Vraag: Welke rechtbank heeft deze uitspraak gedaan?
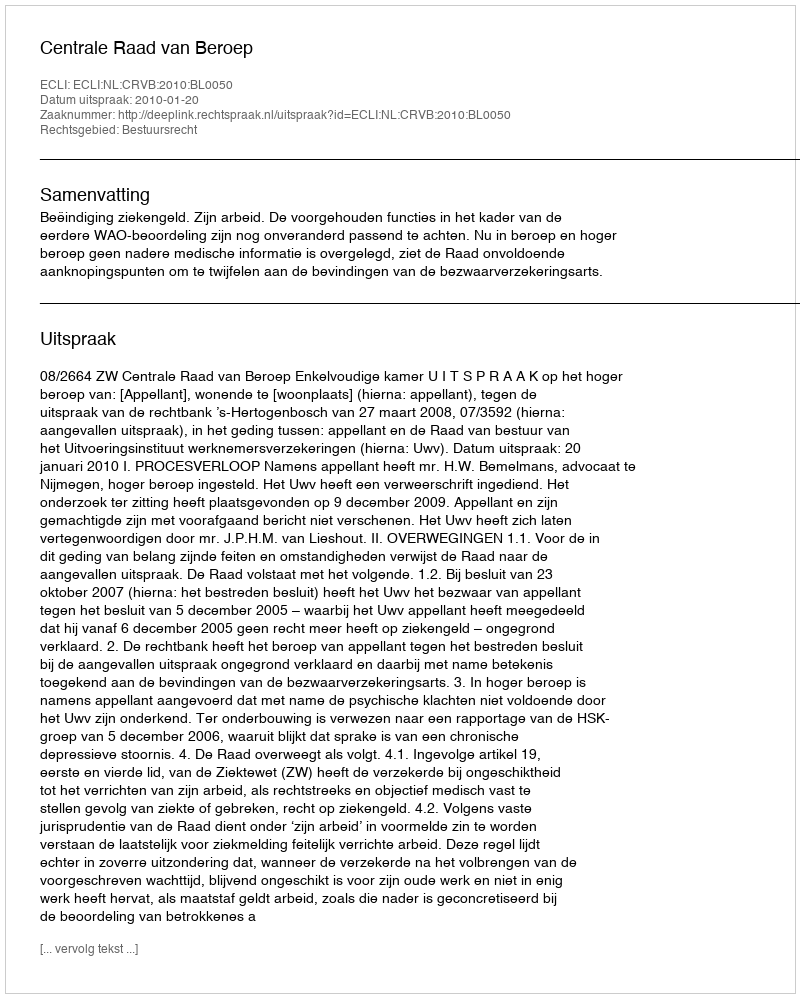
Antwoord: Centrale Raad van Beroep